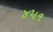
૪૫૧